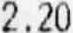
2.20